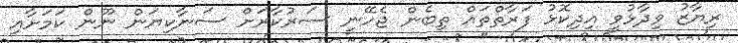
ރިޔާޒު ވިދާޅުވީ އިދިކޮޅު ފަރާތްތައް ތިބެން ޖެހޭނީ ސަރުކާރަށް ސަނާކިޔަން ނޫން ކަމަށާއި